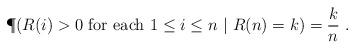
LaTeX: \begin{align*}\P(R(i)>0~\textrm{for each $1\leq i\leq n$}~|~R(n)=k)=\frac{k}{n}~.\end{align*}